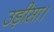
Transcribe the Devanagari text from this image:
उड़ीसा।